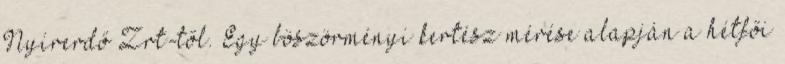
Nyírerdő Zrt-től. Egy böszörményi kertész mérése alapján a hétfői